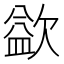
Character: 𣣼